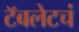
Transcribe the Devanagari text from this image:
टॅबलेटचं